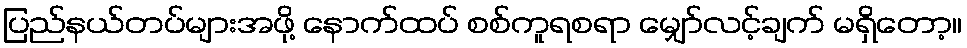
ပြည်နယ်တပ်များအဖို့ နောက်ထပ် စစ်ကူရစရာ မျှော်လင့်ချက် မရှိတော့။